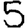
Digit: 5